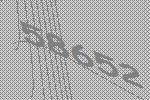
58652